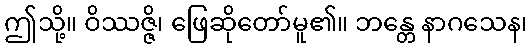
ဤသို့။ ဝိဿဇ္ဇိ၊ ဖြေဆိုတော်မူ၏။ ဘန္တေ နာဂသေန၊